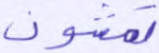
تمشون